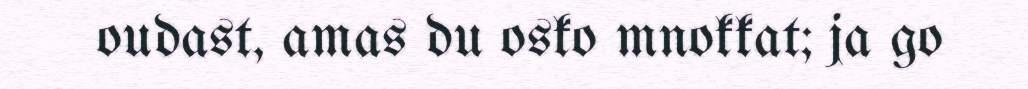
oudast, amas du osko mnokkat; ja go